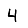
Digit: 4